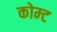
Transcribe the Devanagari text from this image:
कोम्ट